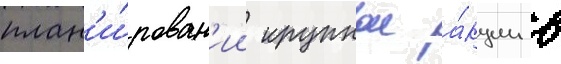
план'и́рован'ии крупнои а́кции в